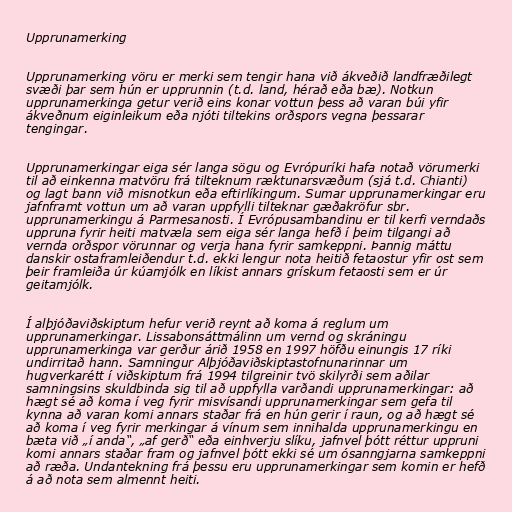
Upprunamerking

Upprunamerking vöru er merki sem tengir hana við ákveðið landfræðilegt
svæði þar sem hún er upprunnin (t.d. land, hérað eða bæ). Notkun
upprunamerkinga getur verið eins konar vottun þess að varan búi yfir
ákveðnum eiginleikum eða njóti tiltekins orðspors vegna þessarar
tengingar.

Upprunamerkingar eiga sér langa sögu og Evrópuríki hafa notað vörumerki
til að einkenna matvöru frá tilteknum ræktunarsvæðum (sjá t.d. Chianti)
og lagt bann við misnotkun eða eftirlíkingum. Sumar upprunamerkingar eru
jafnframt vottun um að varan uppfylli tilteknar gæðakröfur sbr.
upprunamerkingu á Parmesanosti. Í Evrópusambandinu er til kerfi verndaðs
uppruna fyrir heiti matvæla sem eiga sér langa hefð í þeim tilgangi að
vernda orðspor vörunnar og verja hana fyrir samkeppni. Þannig máttu
danskir ostaframleiðendur t.d. ekki lengur nota heitið fetaostur yfir ost sem
þeir framleiða úr kúamjólk en líkist annars grískum fetaosti sem er úr
geitamjólk.

Í alþjóðaviðskiptum hefur verið reynt að koma á reglum um
upprunamerkingar. Lissabonsáttmálinn um vernd og skráningu
upprunamerkinga var gerður árið 1958 en 1997 höfðu einungis 17 ríki
undirritað hann. Samningur Alþjóðaviðskiptastofnunarinnar um
hugverkarétt í viðskiptum frá 1994 tilgreinir tvö skilyrði sem aðilar
samningsins skuldbinda sig til að uppfylla varðandi upprunamerkingar: að
hægt sé að koma í veg fyrir misvísandi upprunamerkingar sem gefa til
kynna að varan komi annars staðar frá en hún gerir í raun, og að hægt sé
að koma í veg fyrir merkingar á vínum sem innihalda upprunamerkingu en
bæta við „í anda“, „af gerð“ eða einhverju slíku, jafnvel þótt réttur uppruni
komi annars staðar fram og jafnvel þótt ekki sé um ósanngjarna samkeppni
að ræða. Undantekning frá þessu eru upprunamerkingar sem komin er hefð
á að nota sem almennt heiti.